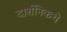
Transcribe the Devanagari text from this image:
दार्शनिकथे